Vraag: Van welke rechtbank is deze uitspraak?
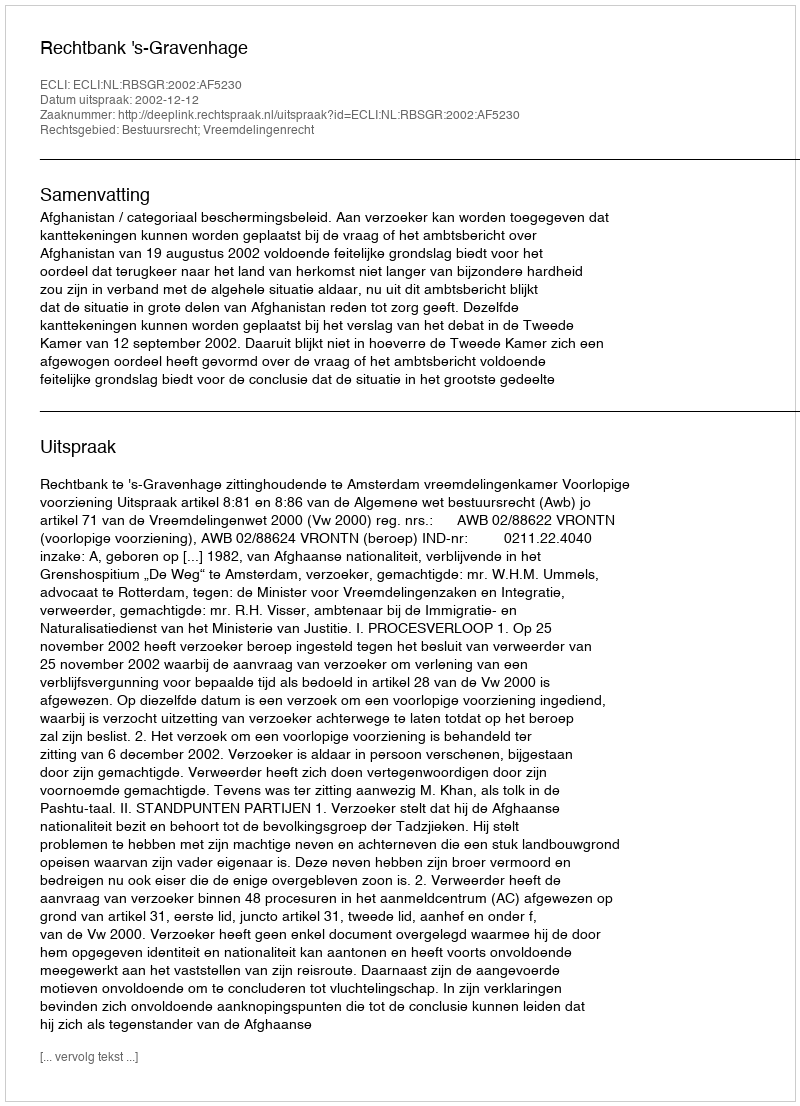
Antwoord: Rechtbank 's-Gravenhage